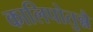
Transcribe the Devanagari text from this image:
कालिपोतुन्नै